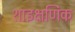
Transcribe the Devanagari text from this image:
शाइक्षणिक